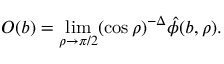
O ( b ) = \operatorname * { l i m } _ { \rho \to \pi / 2 } ( \cos { \rho } ) ^ { - \Delta } \hat { \phi } ( b , \rho ) .